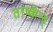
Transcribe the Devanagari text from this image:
ताष्केन्ट्